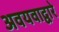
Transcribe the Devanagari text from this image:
अवयवाद्वारे